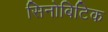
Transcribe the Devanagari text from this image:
सिनोबिटिक